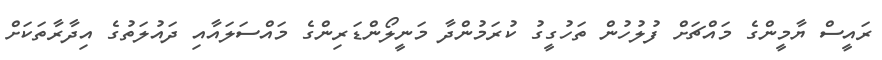
ރައީސް ޔާމީންގެ މައްޗަށް ފުލުހުން ތަހުގީގު ކުރަމުންދާ މަނީލޯންޑަރިންގެ މައްސަލައާއި ދައުލަތުގެ އިދާރާތަކަށް